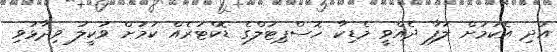
އަދި އެކަމަށް ލަފާ ދެއްވީ މެޑިކާ ހޮސްޕިޓަލްގެ ޑޮކްޓަރެއް ކަމަށް ވަކީލު ވިދާޅުވި